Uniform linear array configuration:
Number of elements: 48
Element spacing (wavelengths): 0.75
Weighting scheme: kaiser
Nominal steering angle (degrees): -30
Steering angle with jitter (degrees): -30.7
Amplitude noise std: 0.05
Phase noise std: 0.05

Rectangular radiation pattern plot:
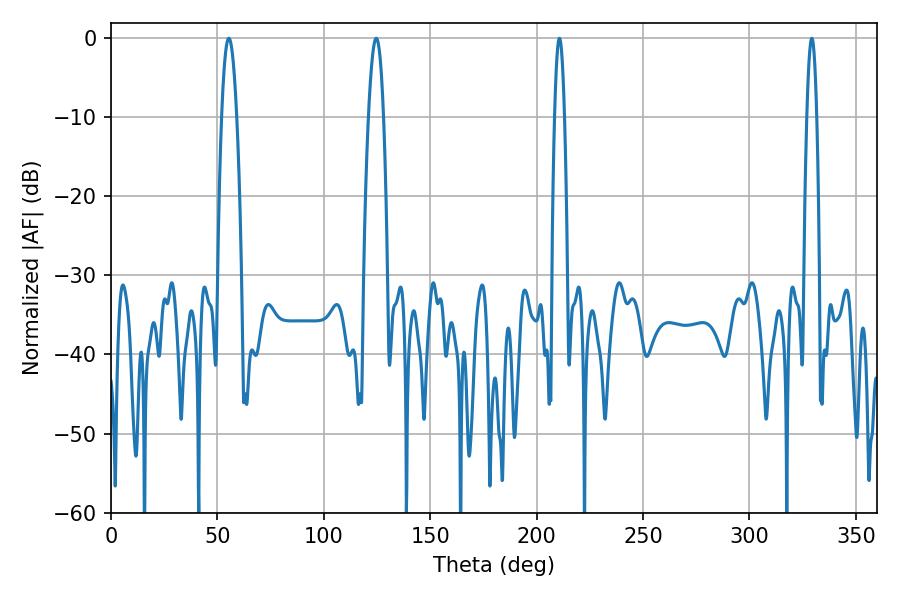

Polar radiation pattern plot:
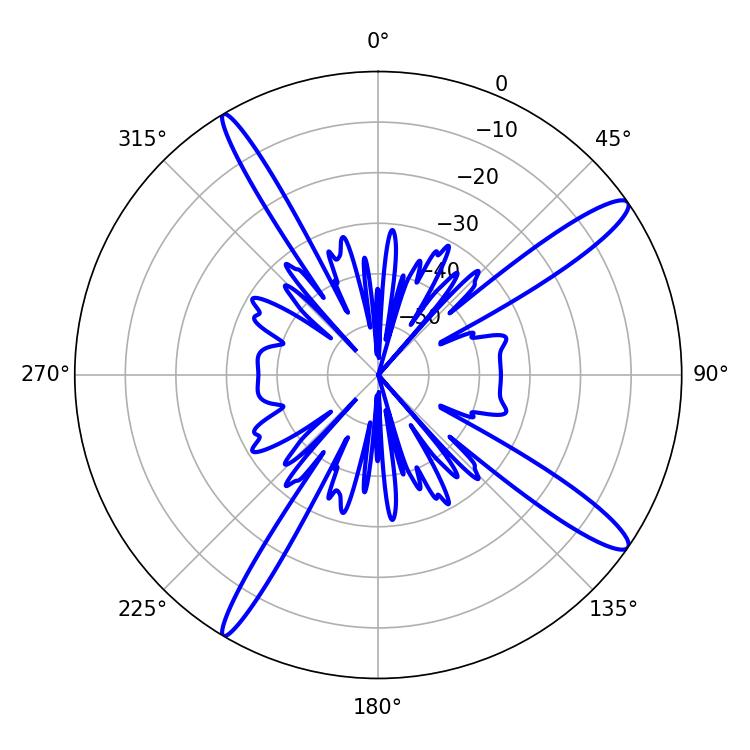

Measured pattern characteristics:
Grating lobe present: TRUE
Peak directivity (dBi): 14.452
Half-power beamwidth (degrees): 3.96
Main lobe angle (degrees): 55.44